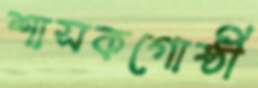
শাসকগোষ্ঠী